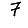
Digit: 7